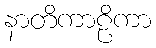
နာတိကာဠိကာ